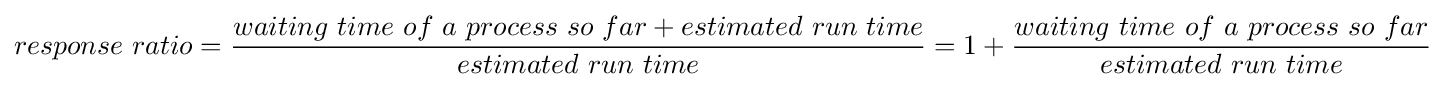
response\ ratio={\frac {waiting\ time\ of\ a\ process\ so\ far+estimated\ run\ time}{estimated\ run\ time}}=1+{\frac {waiting\ time\ of\ a\ process\ so\ far}{estimated\ run\ time}}